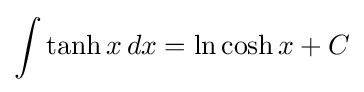
\int \tanh x\,dx=\ln \cosh x+C